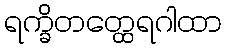
ရက္ခိတတ္ထေရဂါထာ